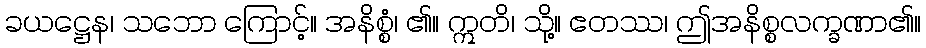
ခယဋ္ဌေန၊ သဘော ကြောင့်။ အနိစ္စံ၊ ၏။ ဣတိ၊ သို့။ ဧတဿ၊ ဤအနိစ္စလက္ခဏာ၏။